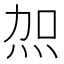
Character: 𭴖